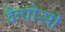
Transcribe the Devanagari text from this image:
कैपोसी